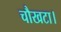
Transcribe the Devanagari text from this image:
चौखटा।